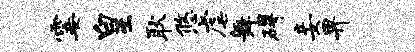
霎皇耿悠虐舞碍妾畀